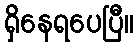
ရှိနေရပေပြီ။